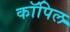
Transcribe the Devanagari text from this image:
कॉपिल